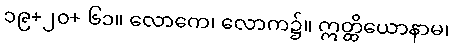
၁၉+၂၀+ ၆၁။ လောကေ၊ လောက၌။ ဣတ္ထိယောနာမ၊